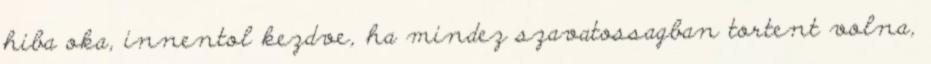
hiba oka, innentol kezdve, ha mindez szavatossagban tortent volna,